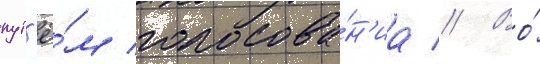
пут'ё́м голосова́н'иа // Во́